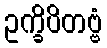
ဥက္ခိပိတဗ္ဗံ